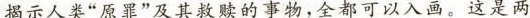
揭示人类“原罪”及其救赎的事物，全都可以入画。这是两